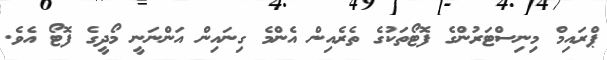
ޕްރައިމް މިނިސްޓަރުންގެ ފޮޓޯތަކުގެ ތެރެއިން އެންމެ ގިނައިން އަންނަނީ މޯދީގެ ފޮޓޯ އެވެ.